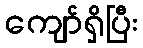
ကျော်ရှိပြီး